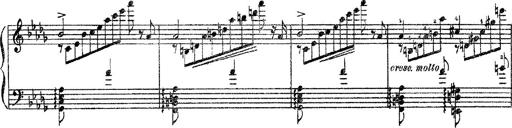
Title: 3 sonetti di Petrarca
Composer: Franz Liszt